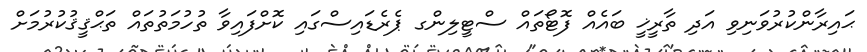
ޙައިރާންކުރުވަނިވި އަދި ތާރީޚީ ބައެއް ފޮޓޯތައް ސްޓީލިންގ ޕެރެޑައިސްގައި ކޮށްފައިވާ ތުހުމަތުތައް ތަޙްޤީޤުކުރުމަށް